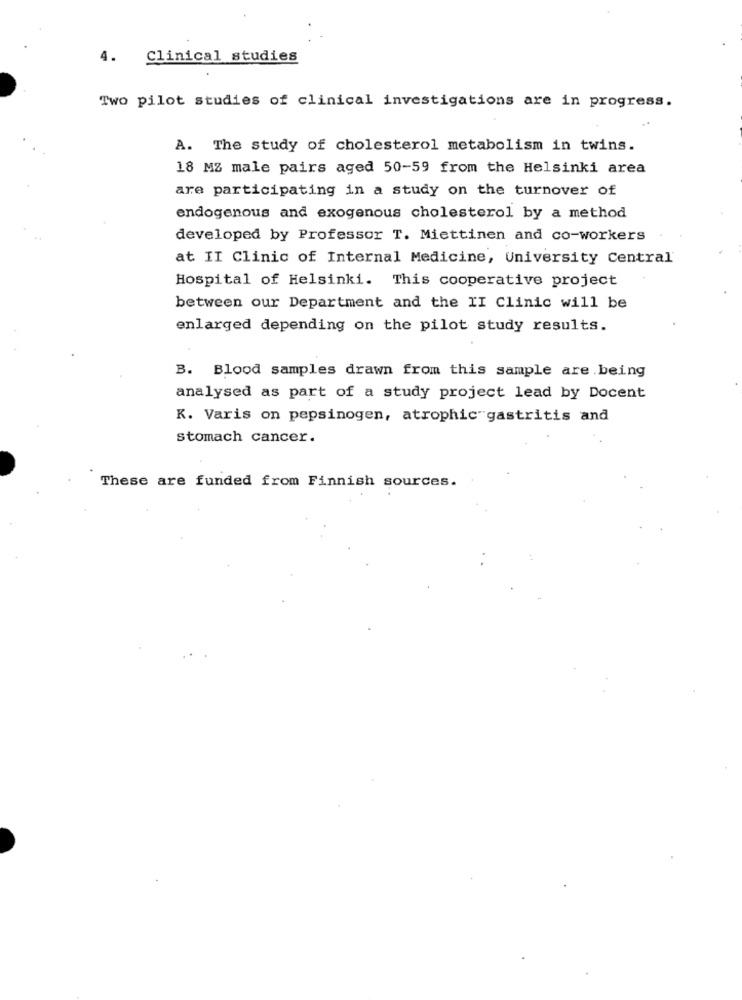
4.
Clinical studies
Two pilot studies of clinical investigations are in progress.
A. The study of cholesterol metabolism in twins.
18 MZ male pairs aged 50-59 from the Helsinki area
are participating in a study on the turnover of
endogenous and exogenous cholesterol by a method
developed by Professor T. Miettinen and co-workers
at II Clinic of Internal Medicine, University Central
Hospital of Helsinki. This cooperative project
between our Department and the II Clinic will be
enlarged depending on the pilot study results.
B. Blood samples drawn from this sample are being
analysed as part of a study project lead by Docent
K. Varis on pepsinogen, atrophic gastritis and
stomach cancer.
These are funded from Finnish sources.